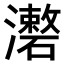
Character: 𤃏